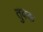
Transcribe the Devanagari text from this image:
तुक्क